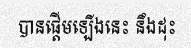
បានផ្តើមឡើងនេះ នឹងដុះ